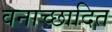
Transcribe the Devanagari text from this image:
वनाच्‍छादित